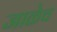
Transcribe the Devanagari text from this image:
जाळेच